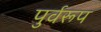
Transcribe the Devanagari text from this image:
पुर्वरूप